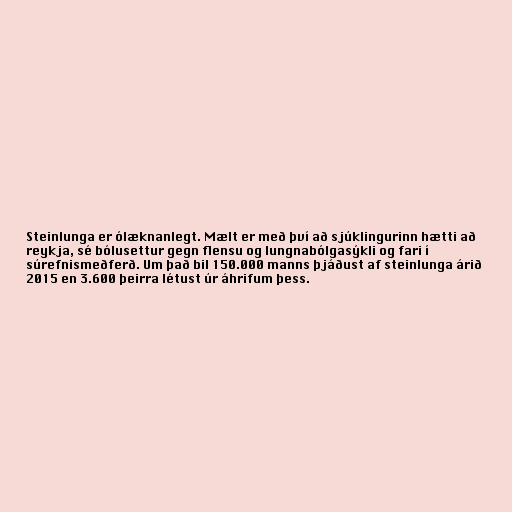
Steinlunga er ólæknanlegt. Mælt er með því að sjúklingurinn hætti að
reykja, sé bólusettur gegn flensu og lungnabólgasýkli og fari í
súrefnismeðferð. Um það bil 150.000 manns þjáðust af steinlunga árið
2015 en 3.600 þeirra létust úr áhrifum þess.